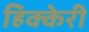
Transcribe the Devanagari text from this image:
हिक्केरी